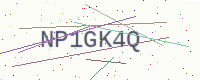
Text: NP1GK4Q